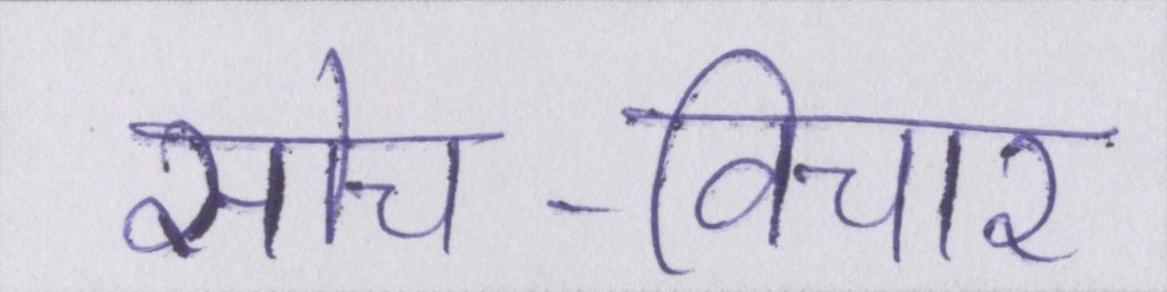
सोच-विचार